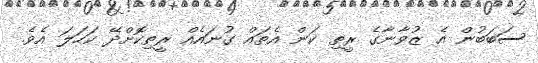
ސަބަބުން އެ ޒުވާނާގެ ރީތި ކަން އެތައް ގުނައެއް ރީތިކޮށްދޭ ކަހަލަ އެވެ.